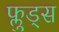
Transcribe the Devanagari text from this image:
फ्लुड्स